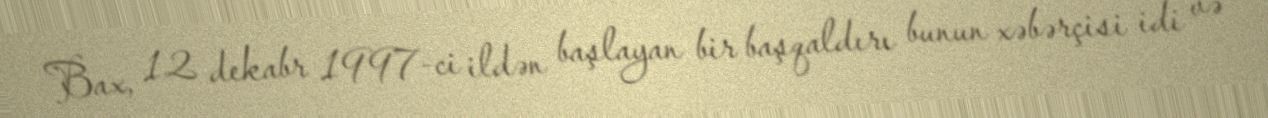
Bax, 12 dekabr 1997-ci ildən başlayan bir başqaldırı bunun xəbərçisi idi və